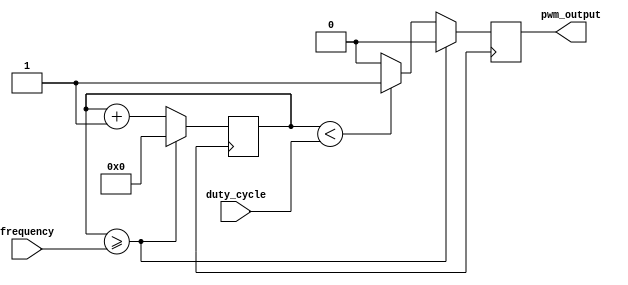
module pwm_generator (
    input wire [7:0] duty_cycle,
    input wire [15:0] frequency,
    output reg pwm_output
);

reg [15:0] counter;

always @ (posedge clk) begin
    counter <= counter + 1;

    if (counter >= frequency) begin
        counter <= 0;
        pwm_output <= 0;
    end else if (counter < duty_cycle) begin
        pwm_output <= 1;
    end else begin
        pwm_output <= 0;
    end
end

endmodule